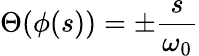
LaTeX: \Theta(\phi(s))=\pm\frac{s}{\omega_{0}}